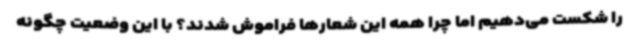
را شکست می‌دهیم اما چرا همه این شعارها فراموش شدند؟ با این وضعیت چگونه